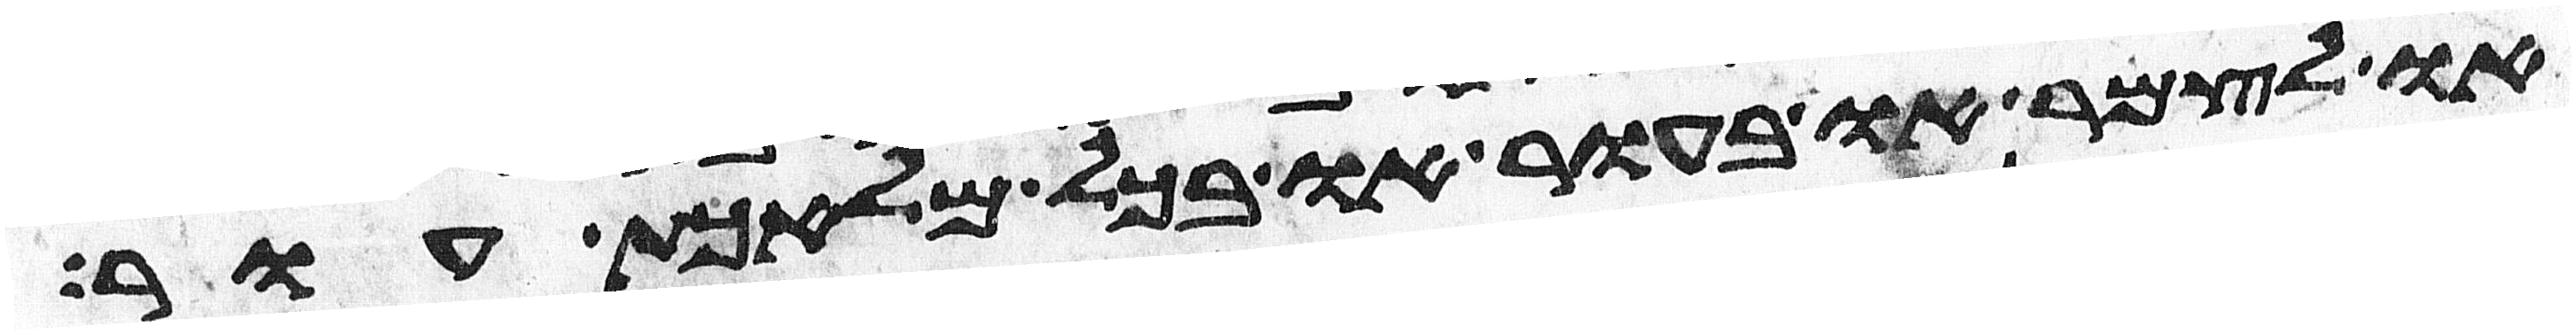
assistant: ולצמר או בעור או בכל מלאכת עור